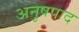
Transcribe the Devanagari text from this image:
अनुषपाद